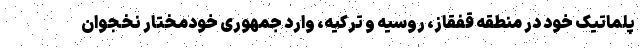
پلماتیک خود در منطقه قفقاز، روسیه و ترکیه، وارد جمهوری خودمختار نخجوان